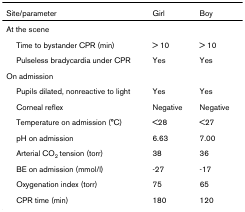
| Site/parameter | Girl | Boy |
 | --- | --- | --- |
 | At the scene |  |  |
 | Time to bystander CPR (min) | > 10 | > 10 |
 | Pulseless bradycardia under CPR | Yes | Yes |
 | On admission |  |  |
 | Pupils dilated, nonreactive to light | Yes | Yes |
 | Corneal reflex | Negative | Negative |
 | Temperature on admission (°C) | <28 | <27 |
 | pH on admission | 6.63 | 7.00 |
 | Arterial CO2 tension (torr) | 38 | 36 |
 | BE on admission (mmol/l) | -27 | -17 |
 | Oxygenation index (torr) | 75 | 65 |
 | CPR time (min) | 180 | 120 |